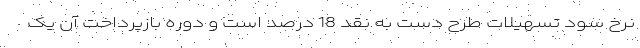
نرخ سود تسهیلات طرح دست به نقد 18 درصد است و دوره بازپرداخت آن یک